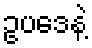
ဥပဒေနဲ့